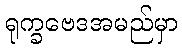
ရုက္ခဗေဒအမည်မှာ